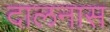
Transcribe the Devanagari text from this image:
दालनास